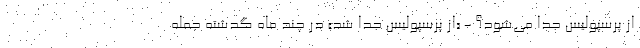
از پرسپولیس جدا می‌شود؟ - «از پرسپولیس جدا شد» در چند ماه گدشته جمله